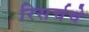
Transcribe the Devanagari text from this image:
रिसर्चचे